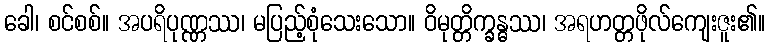
ခေါ၊ စင်စစ်။ အပရိပုဏ္ဏဿ၊ မပြည့်စုံသေးသော။ ဝိမုတ္တိက္ခန္ဓဿ၊ အရဟတ္တဖိုလ်ကျေးဇူး၏။